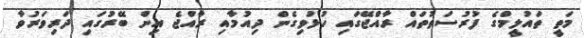
މަތީ ތައުލީމްގެ ފުރުސަތުތައް ރާއްޖޭގައި ހުޅުވިގެން ދިއުމާއި ރާއްޖެ އިން ބޭރުގައި ދަރިވަރުވާ